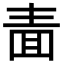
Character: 𭍥